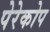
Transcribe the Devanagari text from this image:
पेरेकोप